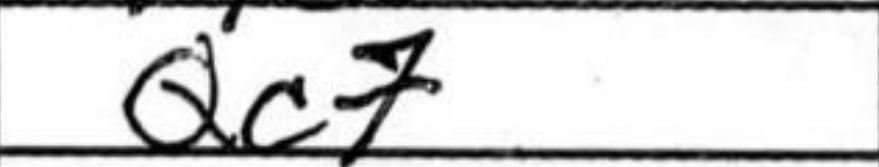
Transcription: Qc7